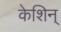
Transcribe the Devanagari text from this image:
केशिन्